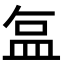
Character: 𬐚